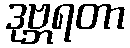
ဒုဗ္ဘရတာ